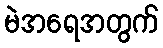
မဲအရေအတွက်